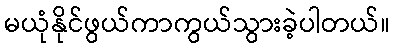
မယုံနိုင်ဖွယ်ကာကွယ်သွားခဲ့ပါတယ်။